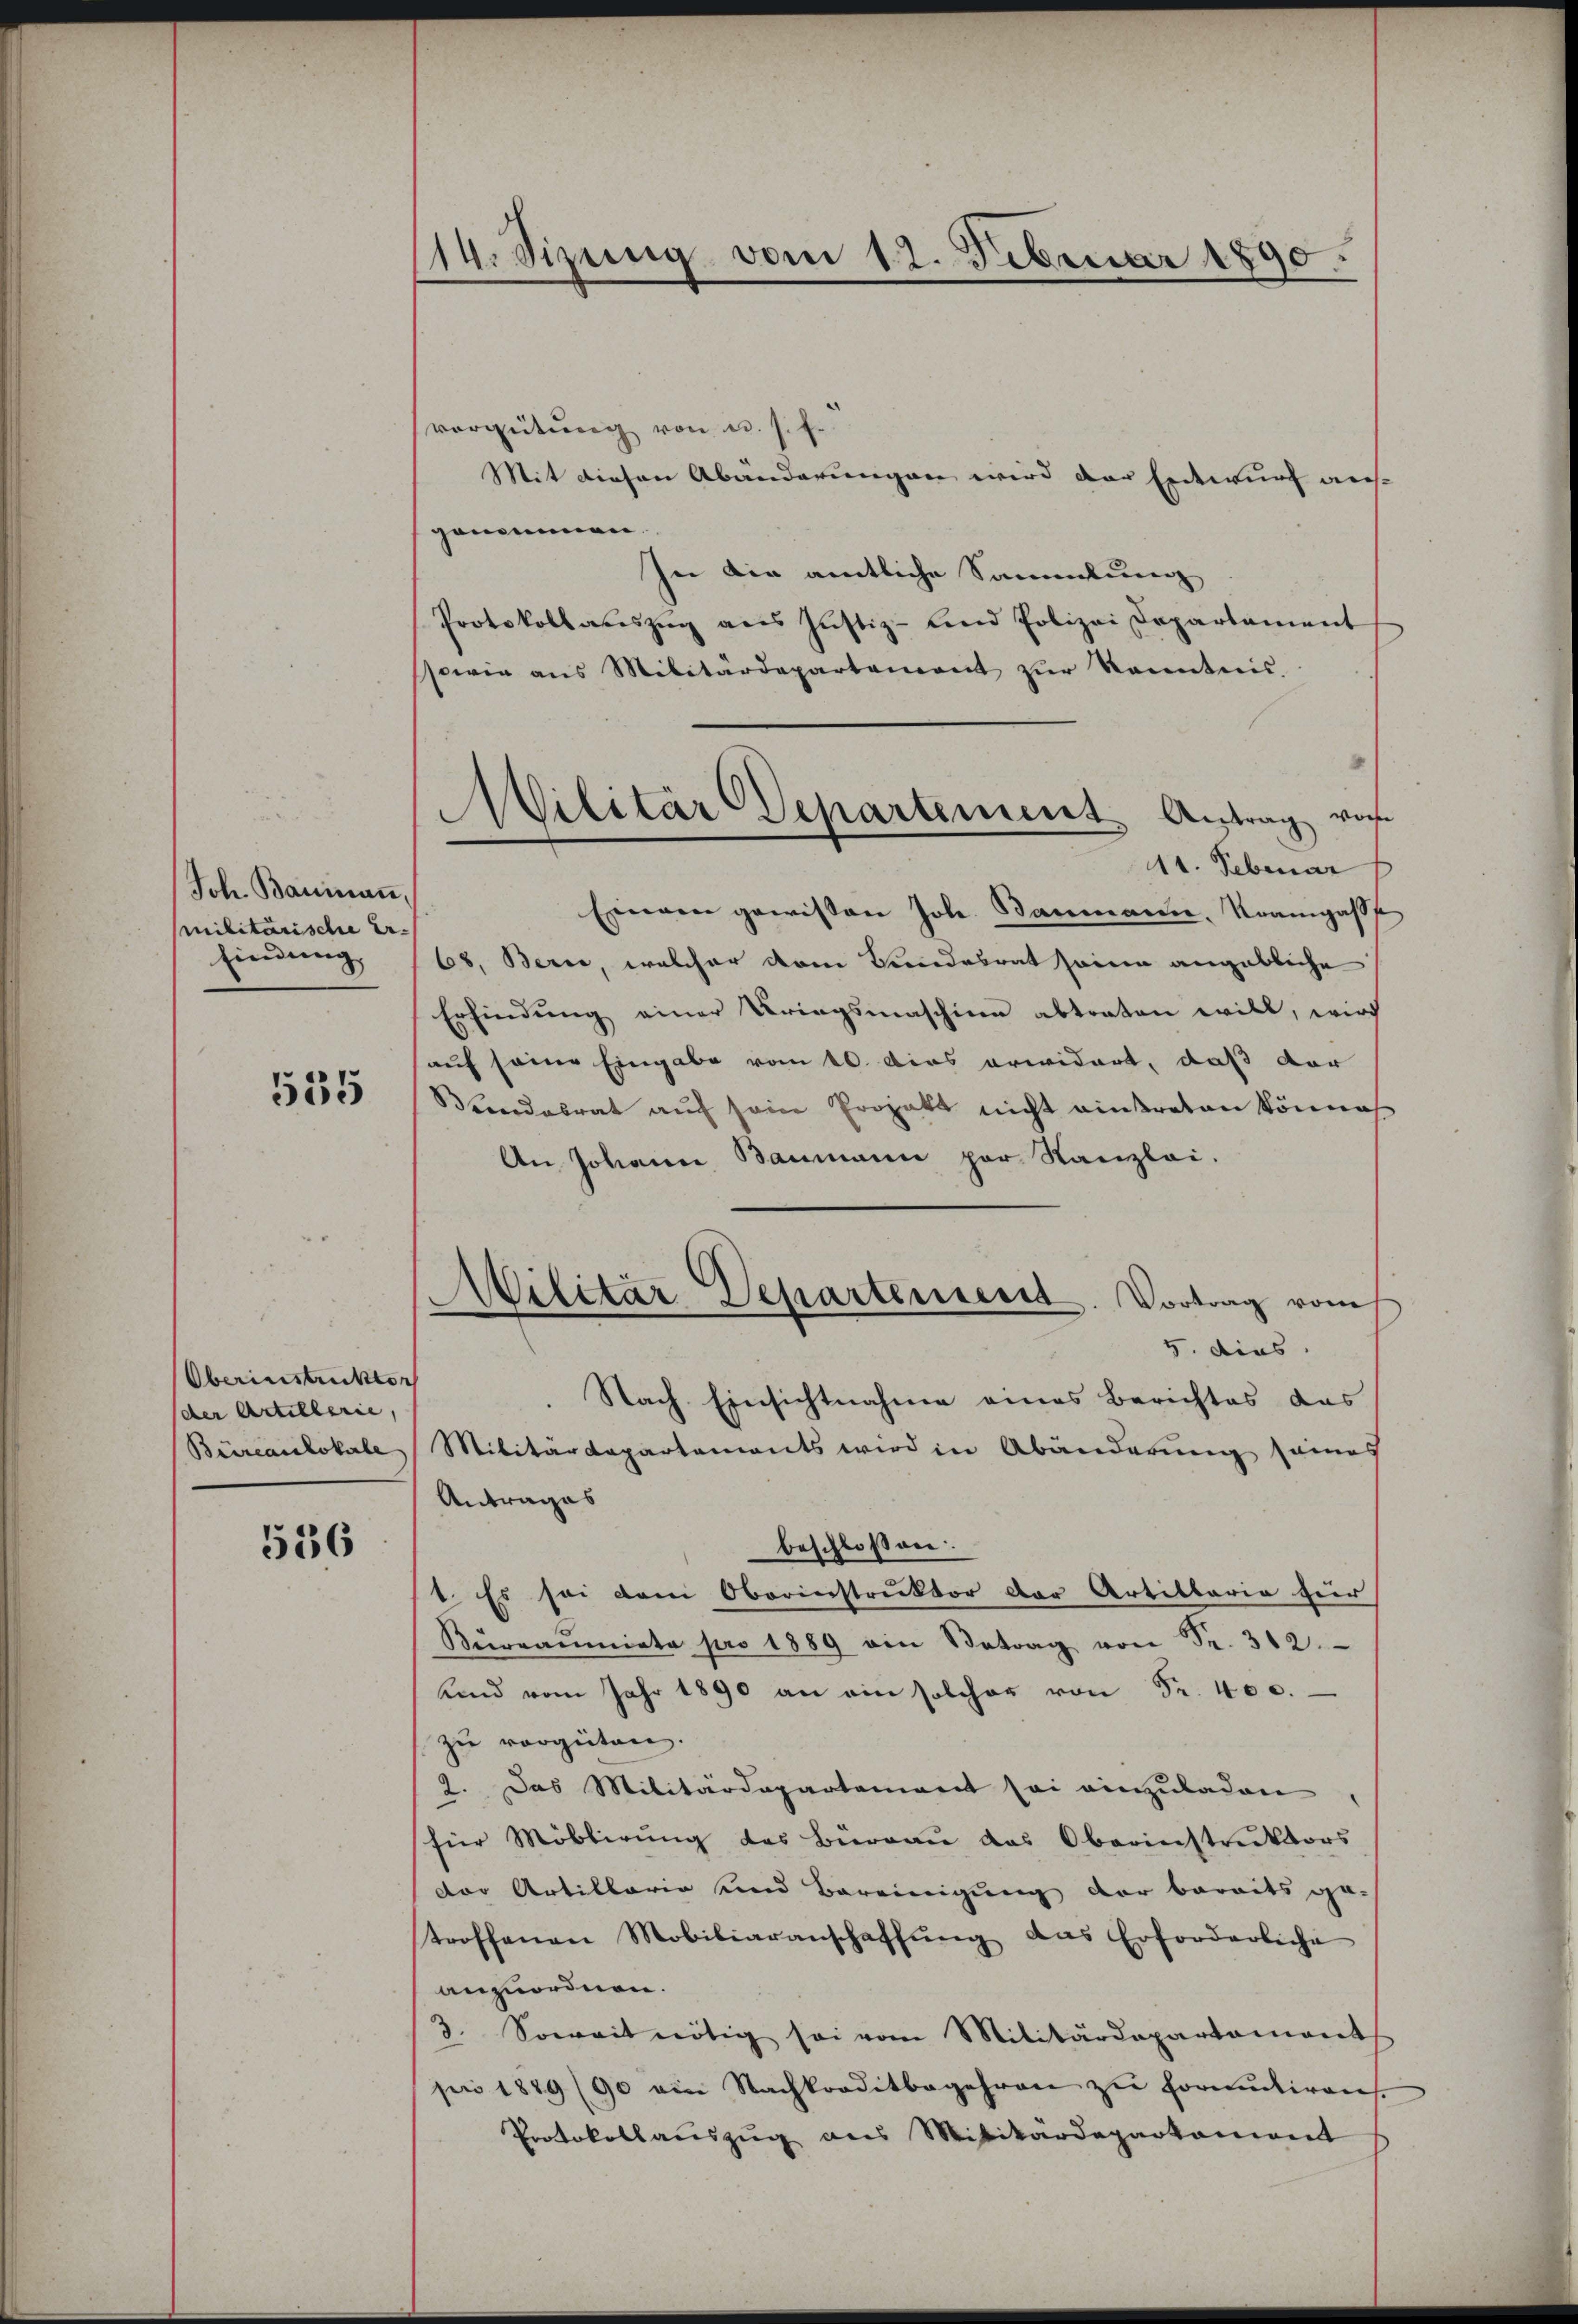
Joh. Baninan
militärische Er-
findung.

555

Oberinstruckten
(der Artillerie,
Büreaulokale

536

114. Sizung vom 12. Februar 1890.

vergütŭng von u. s. f.
Mit diesen Abänderungen wird der Entwurf aufgenomen.
In die amtliche Sammlung
Protokollauszug aus Justiz- und Polizei Departament
sowie ans Militärdepartement zŭr Kenntnis.
Einem gewissen Joh. Baumann, Krampass
68, Berne, welcher dem Bundesrat seine angebliche
Erfindŭng einer Kriegsmaschinen abtraten will, wird
auf seine Eingabe vom 10. Das erwidert, daß dar
Beendesrat aŭf sein Projekt nicht eintreten können
An Johann Baumann par Kanzlei.
Militär Departement. Vortrag vom
5. dies
 Nach Einsichtnahme eines Berichtes das
Militärdepartements wird in Abänderŭng seines
Antrages
beschloßen:
1. Es sei dem Oberinstruktor der Artillaria für
Kŭrranniata pro 1889 ein Betrag von Fr. 312.
und vom Jahr 1890 an ein solcher von Fr. 400.
zu vergüten.
2. Das Militärdepartement sei einzuladen
für Möblirung des Büreau das Oberinstruktors
der Artillaria und Bereinigung der bereits ge-
troffenen Mobiliaranschaffŭng das Erforderliche
anzuordnen.
3. Soweit nötig sei vom Militärdepartament
pro 1879 (90 ein Nachkorditbegehren zŭ formŭtiren.
Protokollauszug aus Mitikardepartanient

Militär Departement. Antrag vo
11. Februar